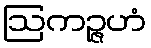
ဩကဉ္ဇဟံ